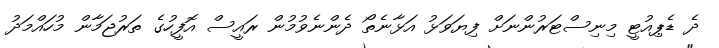
ދެ ޑެޕިއުޓީ މިނިސްޓަރުންނަށް ފިޔަވަޅު އަޅާނެތޯ ދެންނެވުމުން ރައީސް އޮފީހުގެ ތަރުޖަމާން މުހައްމަދު